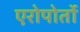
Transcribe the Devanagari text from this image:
एरोपोर्तो